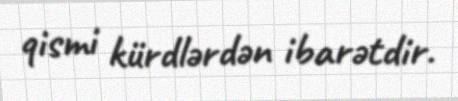
qismi kürdlərdən ibarətdir.